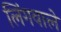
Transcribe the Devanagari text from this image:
लिंगवाले